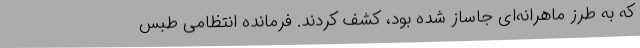
که به طرز ماهرانه‌ای جاساز شده بود، کشف کردند. فرمانده انتظامی طبس